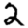
Digit: 2